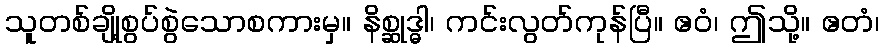
သူတစ်ချို့စွပ်စွဲသောစကားမှ။ နိစ္ဆုဒ္ဓါ၊ ကင်းလွတ်ကုန်ပြီ။ ဧဝံ၊ ဤသို့။ ဧတံ၊